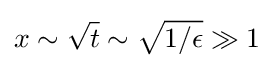
x\sim {\sqrt {t}}\sim {\sqrt {1/\epsilon }}\gg 1